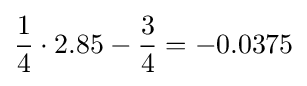
{\frac {1}{4}}\cdot {2.85}-{\frac {3}{4}}=-0.0375